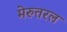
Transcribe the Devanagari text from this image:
मेरुतरल